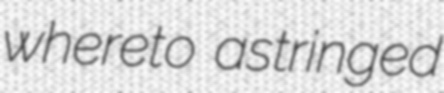
whereto astringed